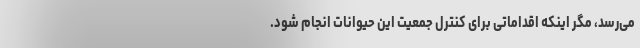
می‌رسد، مگر اینکه اقداماتی برای کنترل جمعیت این حیوانات انجام شود.